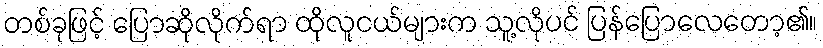
တစ်ခုဖြင့် ပြောဆိုလိုက်ရာ ထိုလူငယ်များက သူ့လိုပင် ပြန်ပြောလေတော့၏။